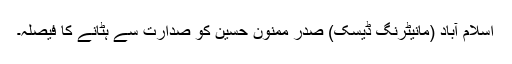
اسلام آباد (مانیٹرنگ ڈیسک) صدر ممنون حسین کو صدارت سے ہٹانے کا فیصلہ۔